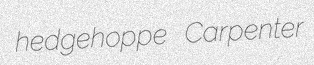
hedgehoppe Carpenter